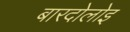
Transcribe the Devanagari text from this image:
बारदोलोइ